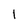
Character: 1